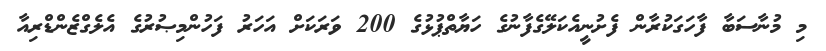
މި މުނާސަބާ ފާހަގަކުރާން ފެށުނީއެކަލޭގެފާނުގެ ހަޔާތްޕުޅުގެ 200 ވަރަކަށް އަހަރު ފަހުންމިޞުރުގެ އެލެގްޒެންޑްރިއާ